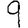
Digit: 9